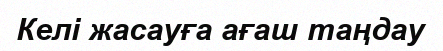
Келі жасауға ағаш таңдау